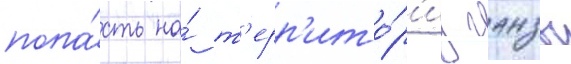
попа́сть на́ т'ерр'ито́р'иу ганзы